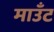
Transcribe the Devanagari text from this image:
माउँट